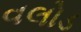
વલોડ